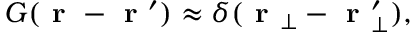
\begin{array} { r } { G ( \textbf { r } - \textbf { r } ^ { \prime } ) \approx \delta ( \textbf { r } _ { \bot } - \textbf { r } _ { \bot } ^ { \prime } ) , } \end{array}